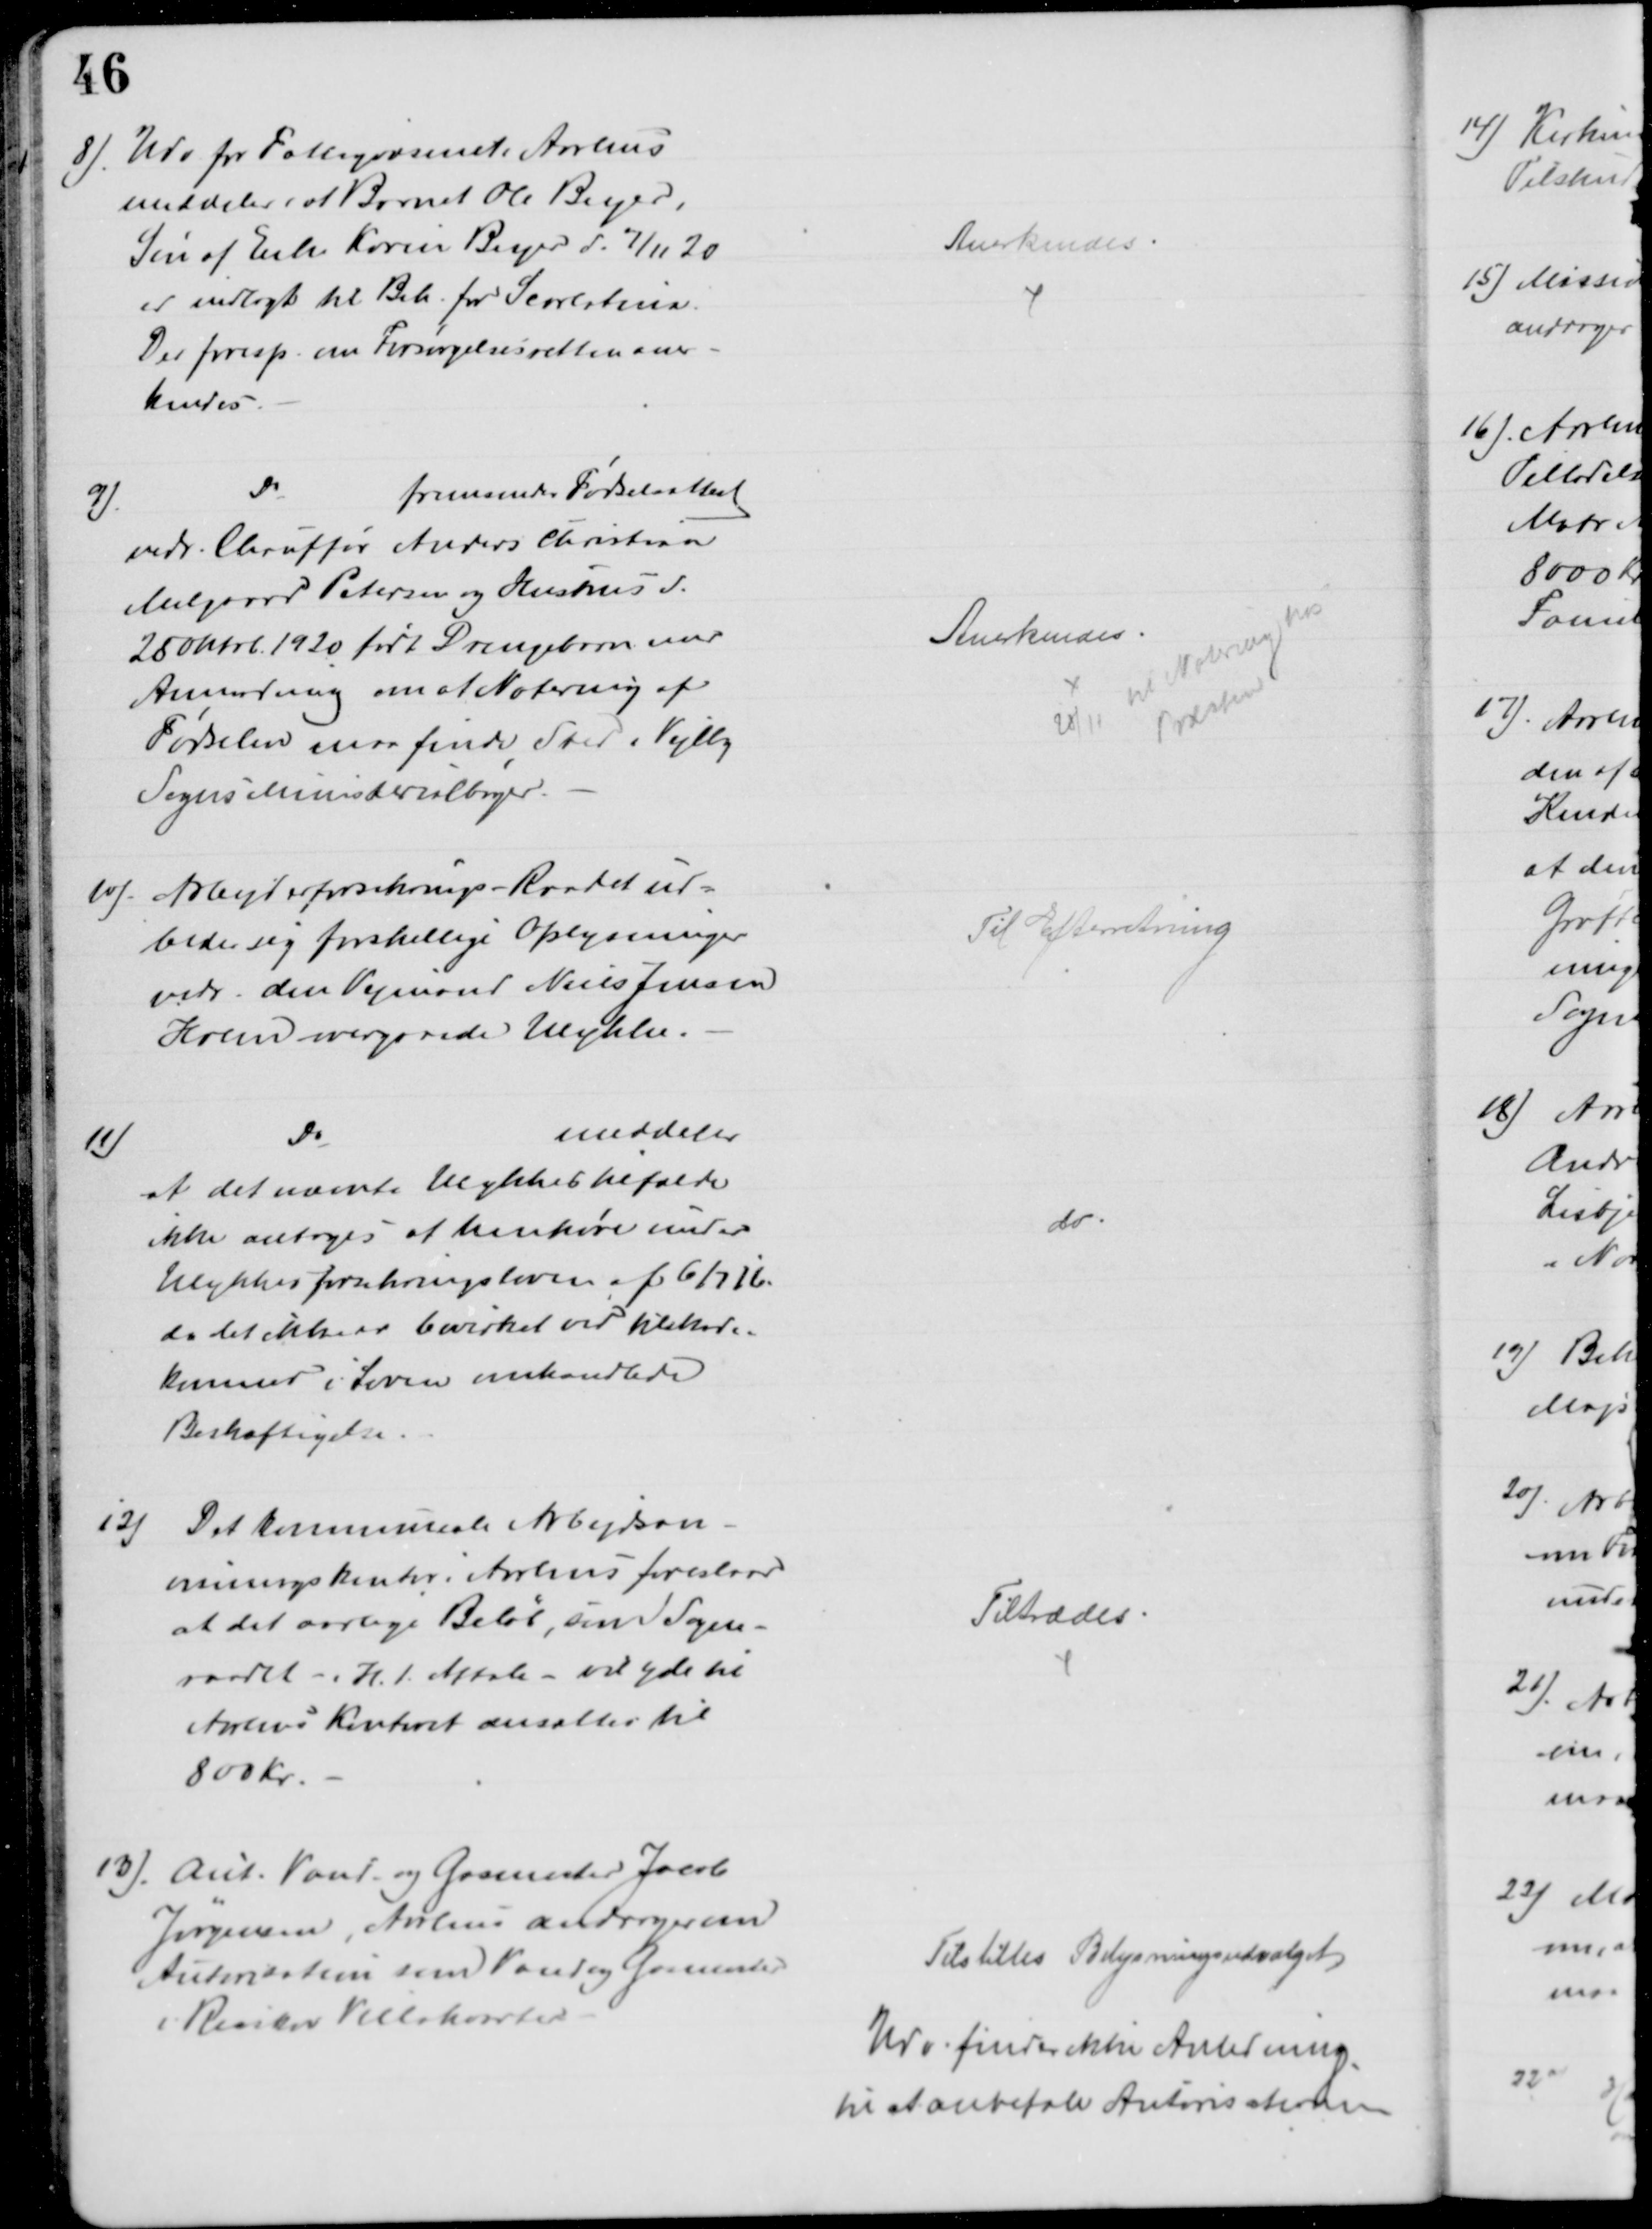
Transskription:
8). Udv. for Fattigvæsenet i Aarhus
meddeler, at Barnet Ole Beyer,
Søn af Enke Karin Beyer d. 7/11 20
er indlagt til Beh. for Scarlatina.
Der foresp. om Forsørgelsesretten aner-
kendes.
Anerkendes.
9)
Do
fremsender Fødselsattest
vedr. Chauffør Anders Christian
Melgaard Petersen og Hustrus d.
28 Oktob. 1920 født Drengebarn med
Anmodning om at Notering af
Fødselen maa finde Sted i Vejlby
Sogns Ministerialbøger.
Anerkendes.
28/11 til Notering hos
Præsten
10). Arbejderforsikrings-Raadet ud=
beder sig forskellige Oplysninger
vedr. den Vejmand Niels Jensen
Holm overgaaede Ulykke.
Til Efterretning
11)
Do
meddeler
at det nævnte Ulykkestilfælde
ikke antoges at henhøre under
Ulykkesforsikringsloven af 6/7 16.
da det ikke er bevirket ved tilskade-
kommed i Loven omhandlede
Beskæftigelse.
do
12)
Det kommunale Arbejdsan-
visningskontor i Aarhus foreslaar
at det aarlige Beløb, som Sogne-
raadet. i H. t. Aftale - vil yde til
Aarhus Kontoret ansættes til
800 kr.
Tiltrædes
13). Aut. Vand- og Gasmester Jacob
Jørgensen, Aarhus andrager om
Autorisation som Vand og Gasmester
i Risskov Villakvarter
Tilstilles Belysningsudvalget
Udv. finder ikke Anledning.
til at anbefale Autorisation